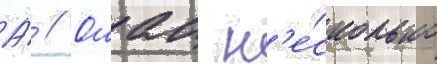
А́ // Ошац н'е́сколько